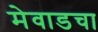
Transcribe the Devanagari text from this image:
मेवाडचा